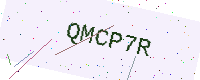
Text: QMCP7R